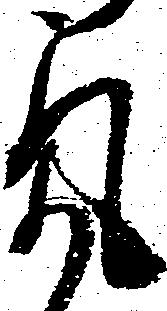
気